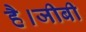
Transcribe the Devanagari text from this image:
है।जीबी